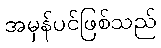
အမှန်ပင်ဖြစ်သည်